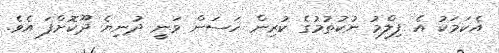
އެކަމަކު އެ ފިލްމު ނުކުތުމުގެ ކުރިން ހަސަން ވަނީ ދުނިޔެ ދޫކޮށްފަ އެވެ.